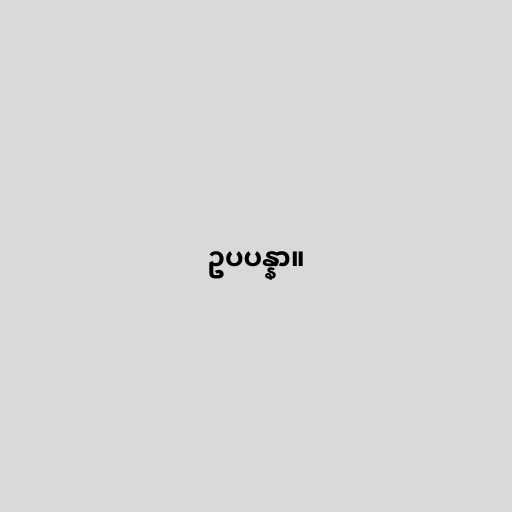
ဥပပန္နာ။